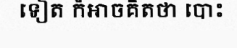
ទៀត ក៏អាចគិតថា បោះ